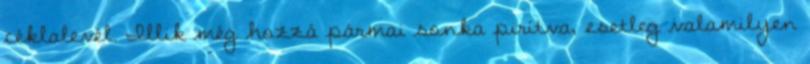
céklalevél. Illik még hozzá pármai sonka pirítva, esetleg valamilyen